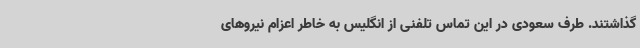
گذاشتند. طرف سعودی در این تماس تلفنی از انگلیس به خاطر اعزام نیروهای